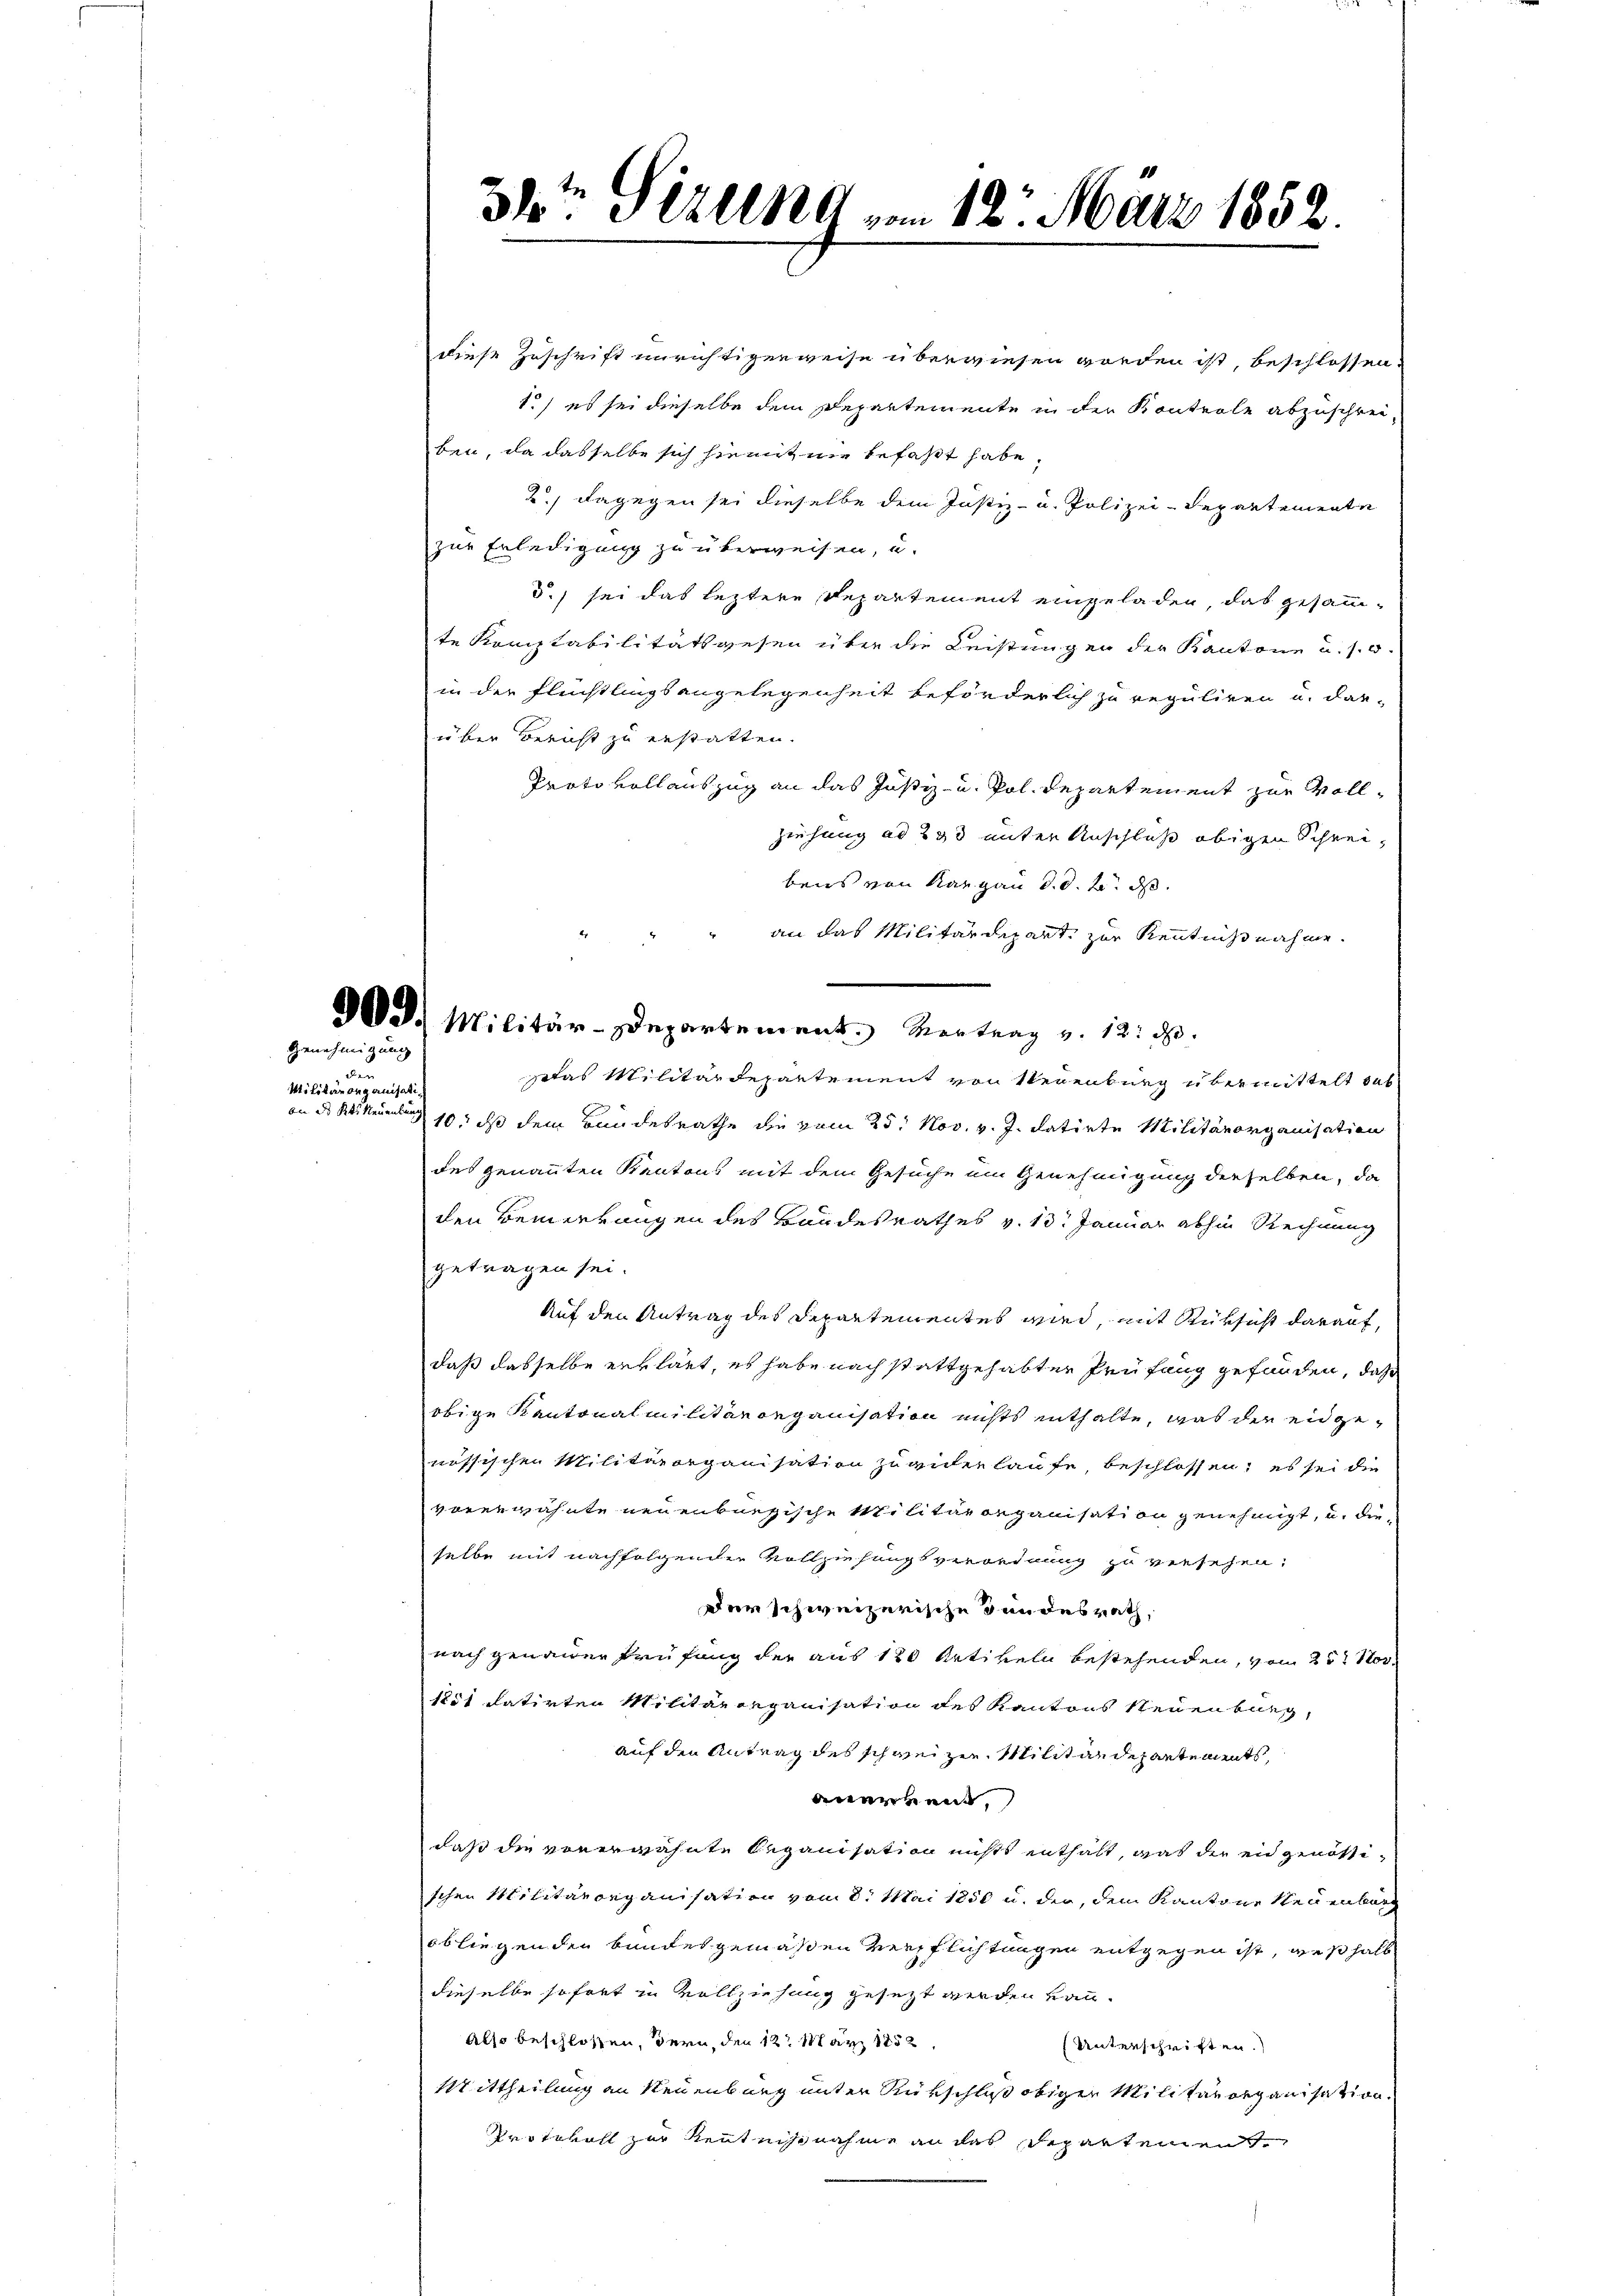
Genehmigung
au
Militärorganisati
on des Kts. Neuenburg

te
34: Verung vom 12. März 1852

Se. Militär-Departement. Vertrag v. 12. d.

diese Zuschrift unrichtigerweise überwiesen worden ist, beschlossen.
1.) es sei dieselbe dem Departemente in der Kontrole abzuschreiben, da dasselbe sich hiemit nie befaßt habe.
2.) Dagegen sei dieselbe dem Justiz- u. Polizei-Departemente
zur Erledigung zu überweisen, u.
5.) sei das leztere Departement eingeladen, das gesammte Komptabilitätsgesen über die Leistungen der Kantone u. s. w.
in der Flüchtlingsangelegenheit beförderlich zu reguliren u. dar-
über Bericht zu erstatten.
Proto vollauszug an das Justiz- u. Pol Departement zur Voll¬
Ziesung ad 233 unter Anschluß obigen Schreibens von Kargau d. d. 2. ds.
an das Militärdepart zur Kenntnißnahme.
setas Militärdepartement von Neuenburg übermittelt das
10. ds dem Bundesrathe die vom 25. Nov. v. J. datirte Militärorganisation
des genannten Kantons mit dem Gesuche um Genehmigung derselben, da
den Bemerkungen des Bandesrathes v. 13. Januar abhin Rechnung
getragen sei.
Auf den Antrag des Departementes wird, mit Rüksicht darauf,
daß dasselbe erklärt, es habe nach stattgehabter Prüfung gefunden, daß
obige Kantonalmilitärorganisation nichts enthalte, was der eidgenussischen Militärorganisation zuwiderlaufe, beschlossen; es sei die
vorerwähnte neuenburgische Militärorganisation genehmigt, u. die
selbe mit nachfolgender Vollziehungsverordnung zu versehen:
Der schweizerische Bundesrath,
nach genauer Prüfung der aus 120 Artikeln bestehenden, von 25. Nor
1251 datirten Militärorganisation des Kantons Neuenburg,
auf den Antrag des schweizer Militärdepartements,
anerkend,
daß die vorerwähnte Organisation nichts enthält, was die eidgenössischen Militärorganisation vom 8. Mai 1850 u. der, dem Kantone Neuenburg
obliegenden bundesgemäßen Verpflichtungen entgegen ist, weßhalb
dieselbe sofort in Vollziehung gesezt werden kan
Also beschlossen, dern, den 12. März 1852
Unterschriften.
Mittheilung an Neuenburg unter Rückschluß obiger Militärorganisation.
Protokoll zur Kenntnisnahme an das Departemen